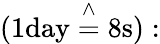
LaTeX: (1{\mathrm{day}}\; {\overset{\land}{=}}\; 8{\mathrm{s}}):